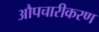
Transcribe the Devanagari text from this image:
औपचारीकरण